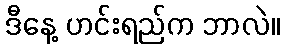
ဒီနေ့ ဟင်းရည်က ဘာလဲ။